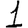
Digit: 1